Annual report of the Prince of Wales Medical College, Patna
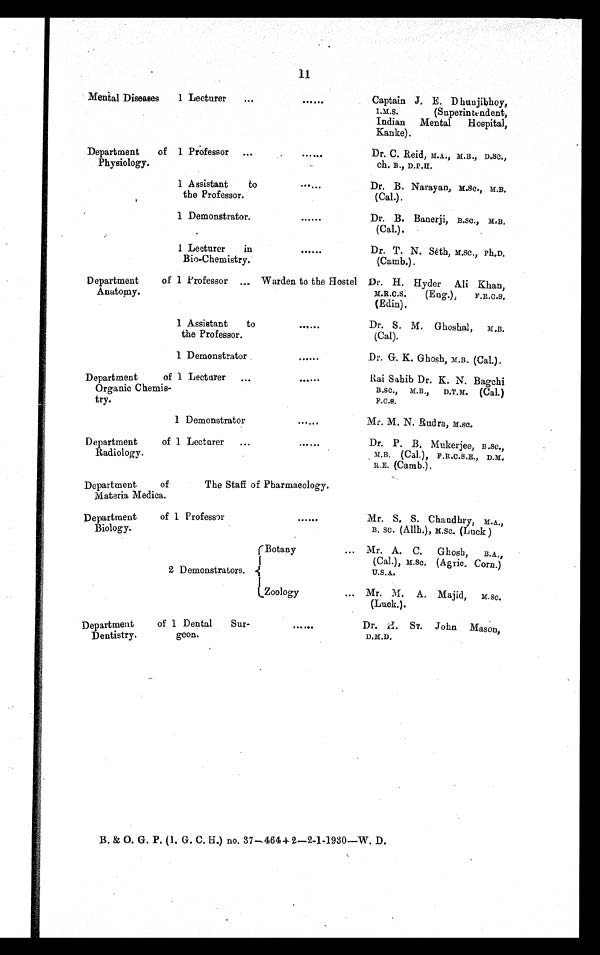
11
Mental Diseases
1 Lecturer
...
......
Captain J. E. Dhunjibhoy,
I.M.S. (Superintendent,
Indian Mental Hospital,
Kanke).
Department of
Physiology.
1 Professor ...
. . . . . .
Dr. C. Reid, M.A., M.B., D.SC.,
ch. B., D.P.H.
1 Assistant to
the Professor.
. . . . . .
Dr. B. Narayan, M.Sc., M.B.
(Cal.).
1 Demonstrator.
......
Dr. B. Banerji, B.Sc., M.B.
(Cal.).
1 Lecturer in
Bio-Chemistry.
......
Dr. T. N. Seth, M.Sc., Ph.D.
(Camb.).
Department of
Anatomy.
1 Professor ...Warden to the Hostel Dr. H. Hyder Ali Khan,
M.R.C.S. (Eng.), F.R.C.S.
(Edin).
1 Assistant to
the Professor.
......
Dr. S. M. Ghoshal, M.B.
(Cal).
1 Demonstrator
......
Dr. G. K. Ghosh, M.B. (Cal.).
Department of
Organic Chemis-
try.
1 Lecturer ...
......
Rai Sahib Dr. K. N. Bagchi
B.SC., M.B., D.T.M. (Cal.)
F. C. S.
1 Demonstrator
......
M r .
M. N. Rudra, M.SC.
Department of
Radiology.
1 Lecturer
...
. . . . . .
Dr. P. B. Mukerjee, B.Sc.,
M.B. (Cal.), F.R.C.S.E., D.M.
R.E. (Camb.).
Department of
Materia Medica.
The Staff of Pharmacology.
Department of
Biology.
1 Professor
......
Mr. S. S. Chandhry, M.A.,
B. Sc. (Allh.), M.Sc. (Luck)
Botany
2 Demonstrators.
... Mr. A. C. Ghosh, B.A.,
(Cal.), M.Sc. (Agric. Corn.)
U.S.A.
Zoology
... Mr. M. A. Majid, M.Sc.
(Luck.).
Department of
Dentistry.
1 Dental Sur-
geon.
. . . . . .
Dr. H. ST. John Mason,
D.M.D.
B. & O. G. P. (I. G. C. H.) no. 37—464 + 2—2-1-1930—W. D.